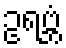
ဥရဗ္ဘံ